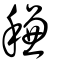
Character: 稴